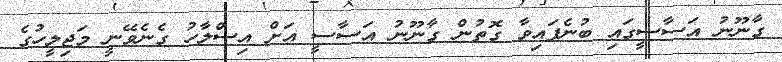
ގާނޫނު އަސާސީގައި ބުނެފައިވާ ގޮތުން ގާނޫނު އަސާސީ އަށް އިސްލާހު ގެނެވޭނީ މަޖިލީހުގެ